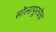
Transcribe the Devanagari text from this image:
सोलापूरचेच